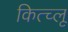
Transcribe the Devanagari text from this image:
कित्च्लू